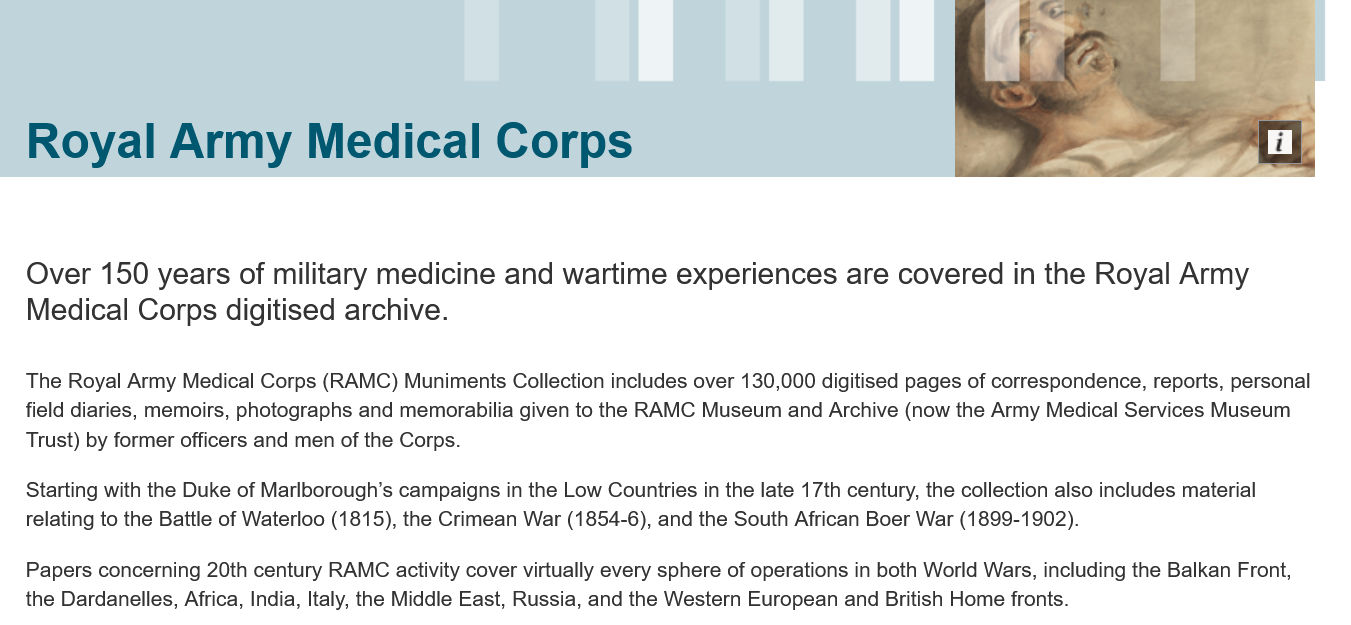
Royal    Army    Medical    Corps Royal Army Medical Corps
   Over   150  years   of military medicine    and  wartime    experiences    are  covered    in the Royal   Army
   Medical   Corps digitised    archive.
   The Royal Army Medical Corps (RAMC) Muniments Collection includes over 130,000 digitised pages of correspondence, reports, personal
   field diaries, memoirs, photographs and memorabilia given to the RAMC Museum and Archive (now the Army Medical Services Museum
   Trust) by former officers and men of the Corps.
   Starting with the Duke of Marlborough’s campaigns in the Low Countries in the late 17th century, the collection also includes material
   relating to the Battle of Waterloo (1815), the Crimean War (1854-6), and the South African Boer War (1899-1902).
   Papers concerning 20th century RAMC activity cover virtually every sphere of operations in both World Wars, including the Balkan Front,
   the Dardanelles, Africa, India, Italy, the Middle East, Russia, and the Western European and British Home fronts.